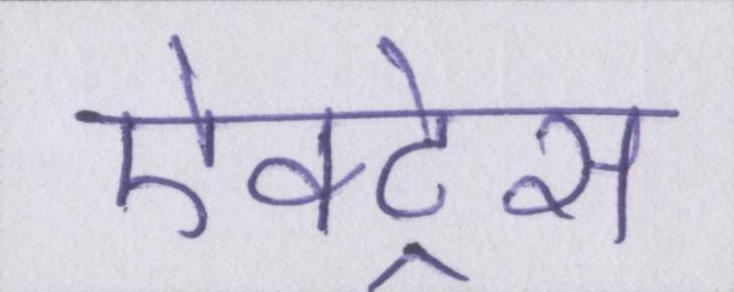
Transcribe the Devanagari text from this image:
ऐक्ट्रेस